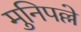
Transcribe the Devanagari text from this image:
मुनिपल्ले